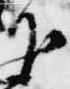
下